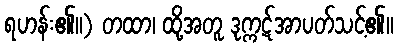
ရဟန်း၏။) တထာ၊ ထို့အတူ ဒုက္ကဋ်အာပတ်သင့်၏။